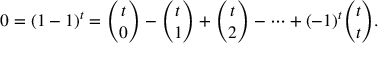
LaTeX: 0 = ( 1 - 1 ) ^ { t } = { \binom { t } { 0 } } - { \binom { t } { 1 } } + { \binom { t } { 2 } } - \cdots + ( - 1 ) ^ { t } { \binom { t } { t } } .